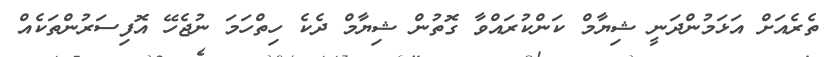
ތެރެއަށް އަޅަމުންދަނީ ޝިޔާމް ކަންކުރައްވާ ގޮތުން ޝިޔާމް ދެކެ ހިތްހަމަ ނުޖެހޭ އޮފިސަރުންތަކެއް